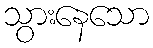
သွားနေသော